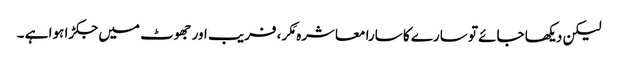
لیکن دیکھا جائے تو سارے کا سارا معاشرہ مَکر، فریب اور جھوٹ میں جکڑا ہوا ہے ۔